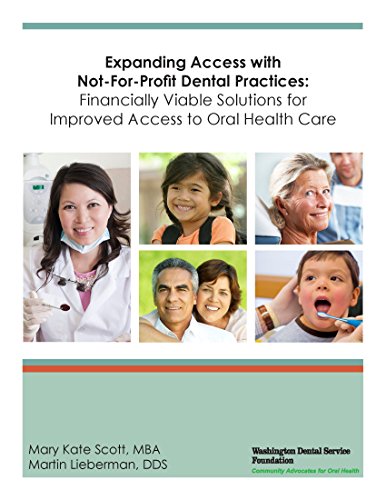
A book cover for Expanding Access with Not-For-Profit Dental Practices: Financially Viable Solutions for Improved Access to Oral Health Care; Mary Kate Scott; Medical Books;